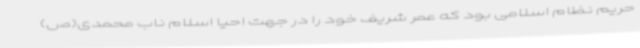
حریم نظام اسلامی بود که عمر شریف خود را در جهت احیا اسلام ناب محمدی(ص)